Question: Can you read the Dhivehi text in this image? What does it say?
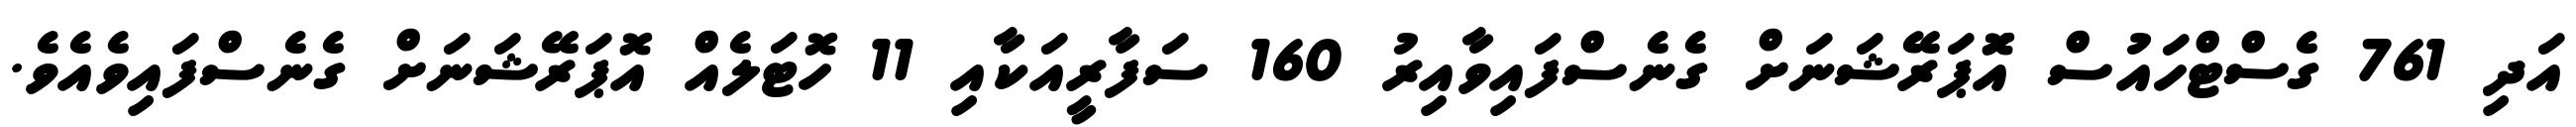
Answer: އަދި 761 ގެސްޓްހައުސް އޮަޕަރޭޝަނަށް ގެނެސްފައިވާއިރު 160 ސަފާރީއަކާއި 11 ހޮޓަލެއް އޮޕަރޭޝަނަށް ގެނެސްފައިވެއެވެ.